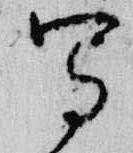
写